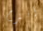
أقترح